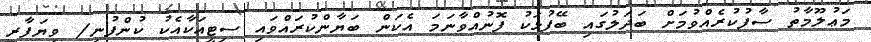
މަޢުލޫމާތު ސާފުކުރެއްވުމަށް ބަދަލުގައި ބޭފުޅަކު ފޮނުއްވާނަމަ އެކަން ބަޔާންކުރައްވައި ސިޓީއަކާއެކު ކުންފުނި/ ވިޔަފާރި